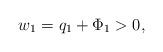
LaTeX: \begin{align*}w_1 = q_1 + \Phi_1 > 0, \end{align*}